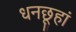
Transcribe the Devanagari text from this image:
धनछूहां